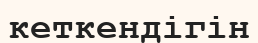
кеткендігін